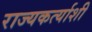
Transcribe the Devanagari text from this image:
राज्यकर्त्याशी